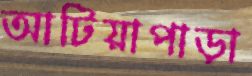
আটিয়াপাড়া